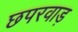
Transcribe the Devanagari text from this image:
छपरवाड़